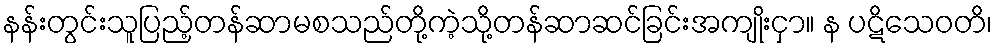
နန်းတွင်းသူပြည့်တန်ဆာမစသည်တို့ကဲ့သို့တန်ဆာဆင်ခြင်းအကျိုးငှာ။ န ပဋိသေဝတိ၊